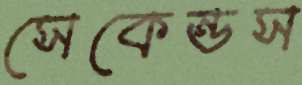
সেকেন্ডস